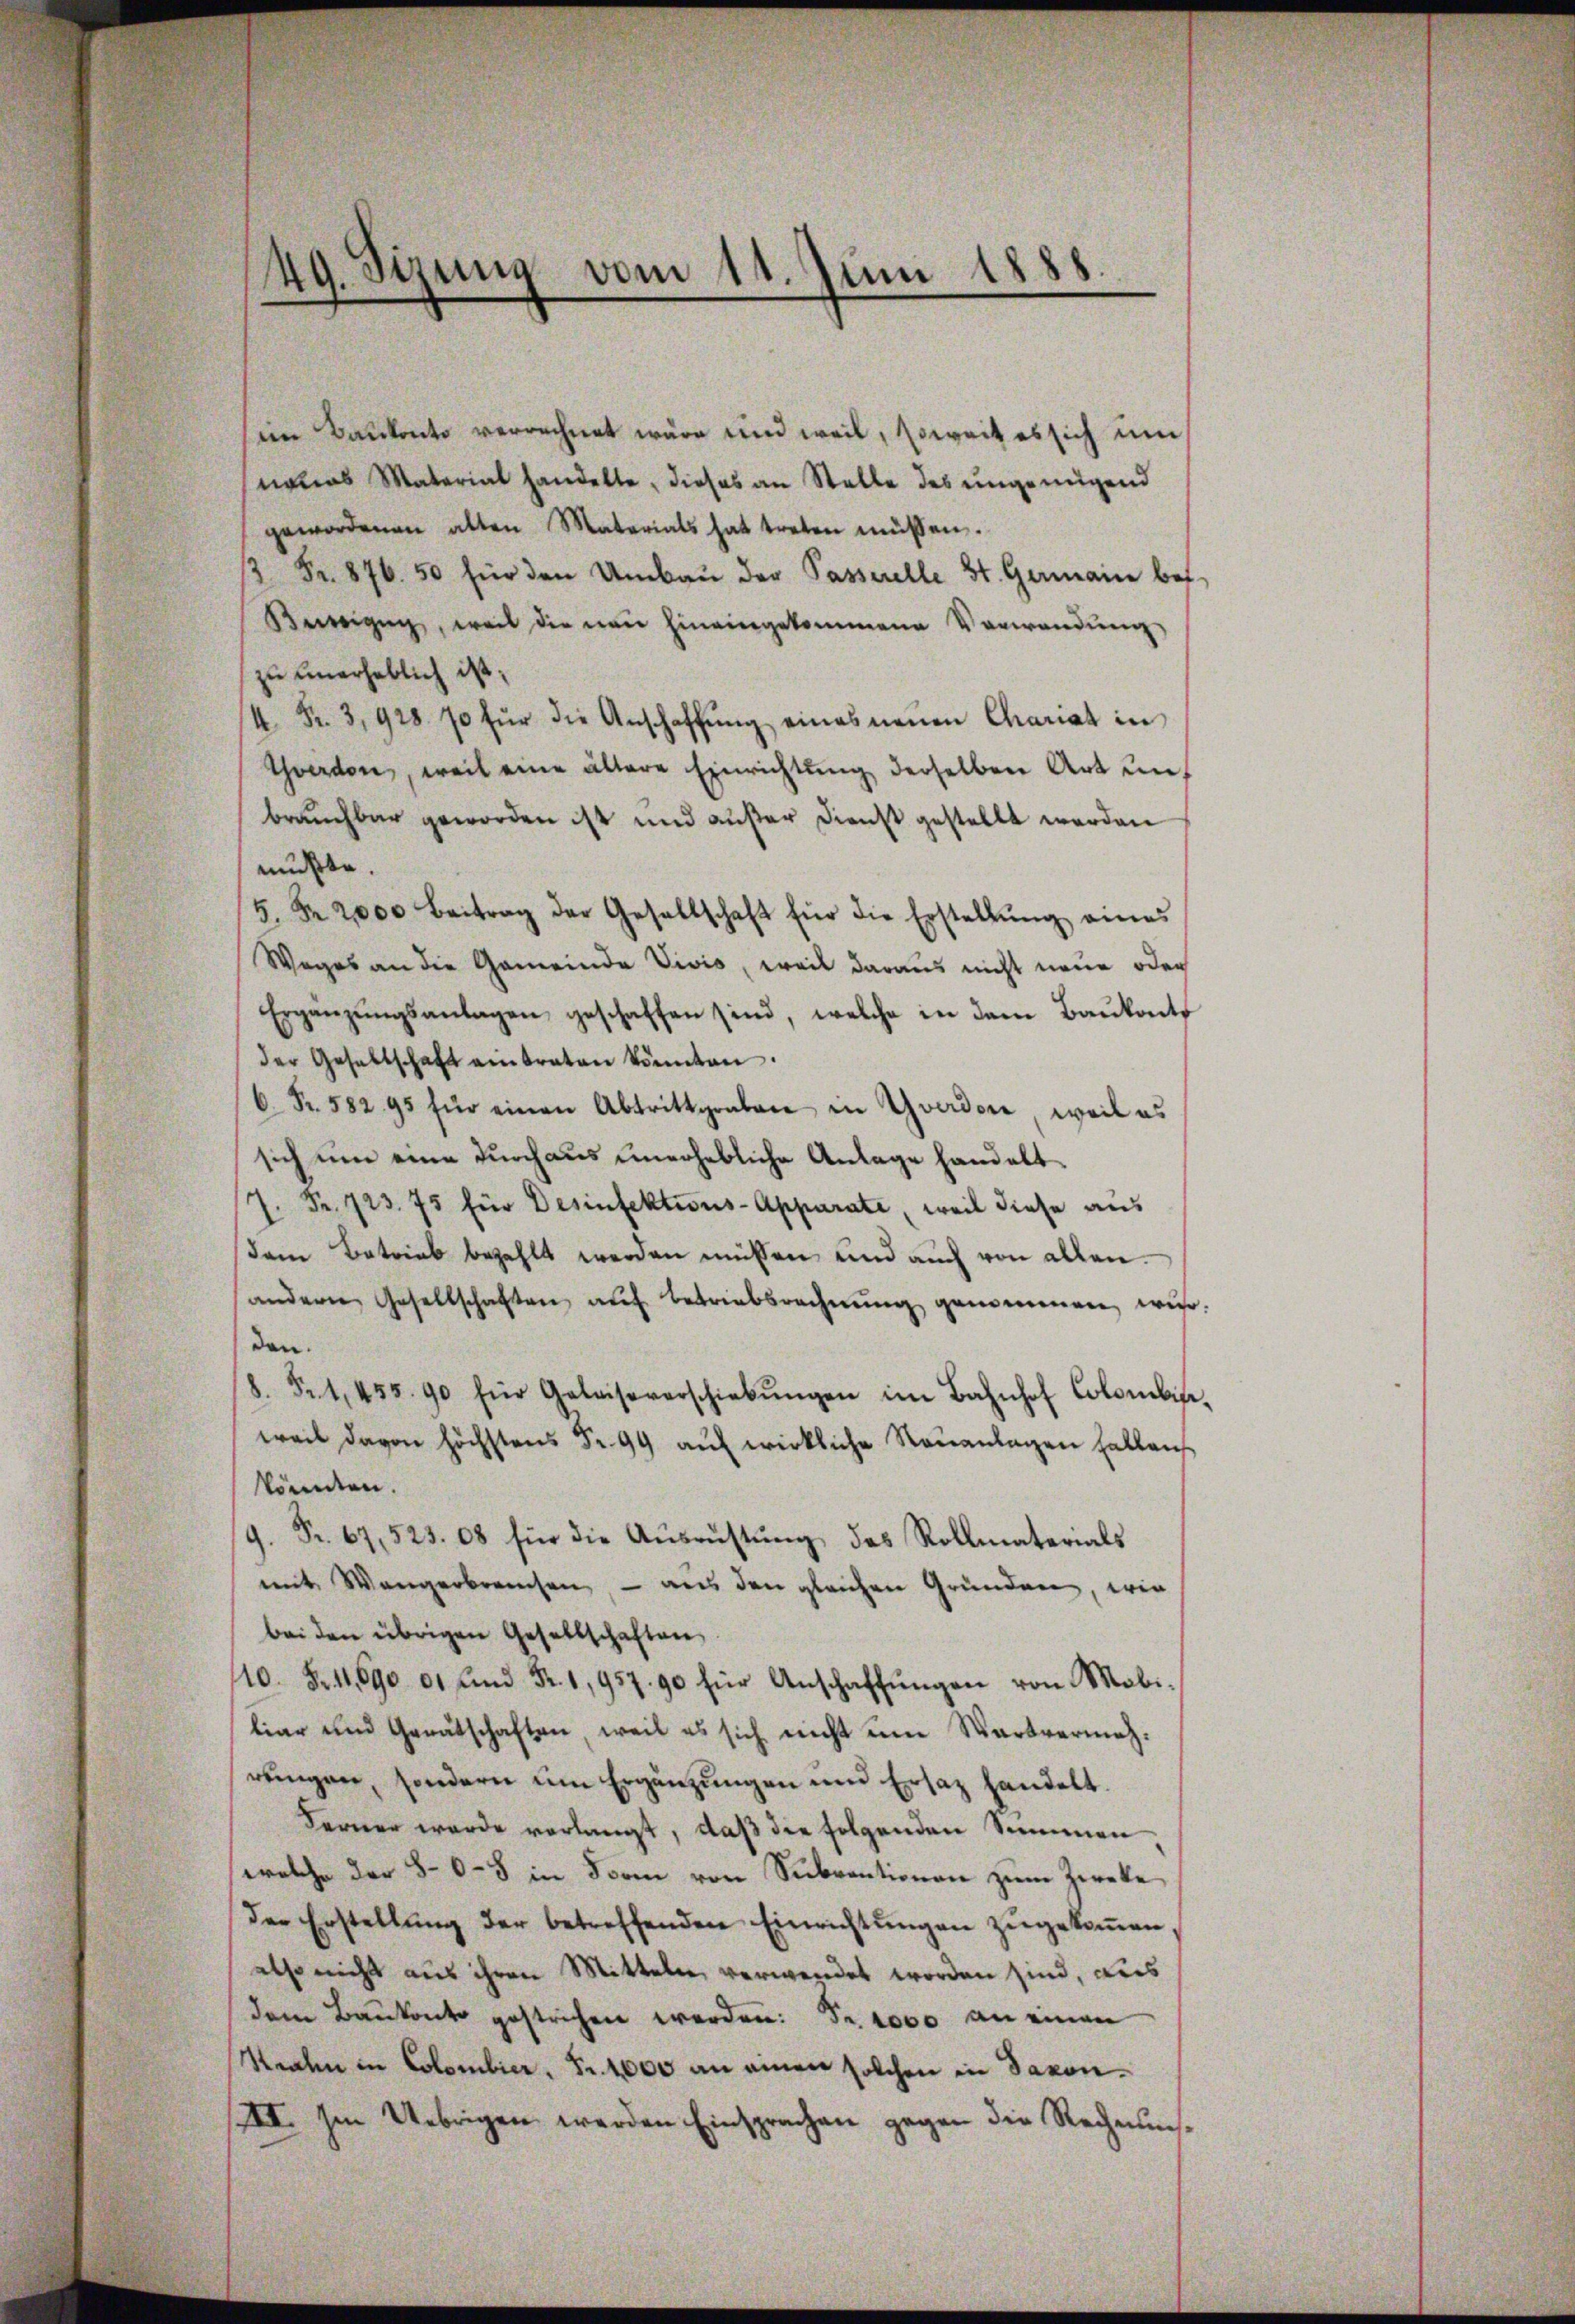
49. Sizung vom 11. Juni 1888

im Baukonto verrechnet wäre und weil, soweit es sich um
naues Material handelte, dieses an Stelle des ungenügend
gewordenen alten Materials hat treten müssen.
/3 Fr. 876. 50 für den Umbaŭ der Passerelle St. Germaine bet
Beizŭg, weil die man hineingekommene Verwandŭng
zu unerheblich ist;
4 Fr. 3,928. 70 für die Anschaffŭng eines neŭen Chariat in
Yverdon, weil eine ältere Einrichtŭng derselben Art unt
brauchbar geworden ist und außer Dienst gestellt werden
mußte.
5. R. 2000 Beitrag der Gesellschaft für die Erstellŭng eines
Weges an die Gemeinde Vivis, weil daraus nicht neue oder
Ergänzŭngsanlagen geschaffen sind, welche in dem Baŭkonts
der Gesellschaft einbraten könnten.
C. Fr. 582. 95 für einen Abtrittgraben in Yverdore, weil es
sich um eine durchaus unerhebliche Anlage handelt
7. Fr. 723. 75 für Desinfektions-Apparate, weil diese aus
dem Betrieb bezahlt werden müssen und auch von allen.
andern Gesellschaften aŭf Betriebsrechnŭng genommen, wir:
den.
8. 51,455. 90 für Geleiseverschiebŭngen im Bahnhof Colombis,
weil davon höchstens Fr. 99 aŭf wirkliche Neuanlagen hallauf
könnten.
9. Fr. 67,523. 68 für die Ausrüstung des Rollmaterials
mit Wangerbreichen, – aus den gleichen Gründen, wie
bei den übrigen Gesellschaften
110. Fr. 11. 690 01 und Fr. 1,957. 90 für Anschaffŭngen von Mobi-
liar und Gerätschaften, weil es sich nicht um Wartvermehrungen, sondern um Ergänzungen und Ersatz handelt.
Ferner wurde verlangt, daß die folgenden Sammen
welche der 80-8 in Form von Subventionen zum Zwecke
Der Erstellŭng der betreffenden Einrichtŭngen zŭgekoṁen,
also nicht aus ihren Mitteln, verwendet worden sind, aus
dem Bankonto gestrichen werden: Fr. 1000 an einen
Stralen in Colombier, Fr. 4000 an einen solchen in Saxon¬
III. Im Uebrigen werden Einsprachen gegen die Rechnung¬